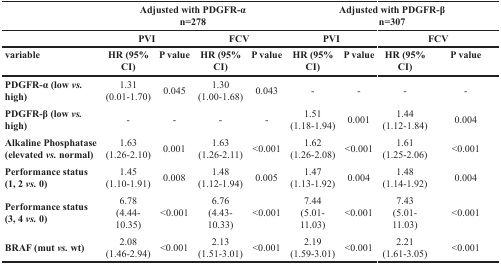
<table><thead><tr><td></td><td colspan="4"><b>Adjusted with PDGFR-α n=278</b></td><td colspan="4"><b>Adjusted with PDGFR-β n=307</b></td></tr><tr><td></td><td colspan="2"><b>PVI</b></td><td colspan="2"><b>FCV</b></td><td colspan="2"><b>PVI</b></td><td colspan="2"><b>FCV</b></td></tr><tr><td><b>variable</b></td><td><b>HR (95% CI)</b></td><td><b>P value</b></td><td><b>HR (95% CI)</b></td><td><b>P value</b></td><td><b>HR (95% CI)</b></td><td><b>P value</b></td><td><b>HR (95% CI)</b></td><td><b>P value</b></td></tr></thead><tbody><tr><td><b>PDGFR-α (low <i>vs.</i> high)</b></td><td>1.31(0.01-1.70)</td><td>0.045</td><td>1.30(1.00-1.68)</td><td>0.043</td><td>-</td><td>-</td><td>-</td><td>-</td></tr><tr><td><b>PDGFR-β (low <i>vs.</i> high)</b></td><td>-</td><td>-</td><td>-</td><td>-</td><td>1.51(1.18-1.94)</td><td>0.001</td><td>1.44(1.12-1.84)</td><td>0.004</td></tr><tr><td><b>Alkaline Phosphatase (elevated <i>vs.</i> normal)</b></td><td>1.63(1.26-2.10)</td><td>0.001</td><td>1.63(1.26-2.11)</td><td>&lt;0.001</td><td>1.62(1.26-2.08)</td><td>&lt;0.001</td><td>1.61(1.25-2.06)</td><td>&lt;0.001</td></tr><tr><td><b>Performance status (1, 2 <i>vs.</i> 0)</b></td><td>1.45(1.10-1.91)</td><td>0.008</td><td>1.48(1.12-1.94)</td><td>0.005</td><td>1.47(1.13-1.92)</td><td>0.004</td><td>1.48(1.14-1.92)</td><td>0.004</td></tr><tr><td><b>Performance status (3, 4 <i>vs.</i> 0)</b></td><td>6.78(4.44-10.35)</td><td>&lt;0.001</td><td>6.76(4.43-10.33)</td><td>&lt;0.001</td><td>7.44(5.01-11.03)</td><td>&lt;0.001</td><td>7.43(5.01-11.03)</td><td>&lt;0.001</td></tr><tr><td><b>BRAF (mut <i>vs.</i> wt)</b></td><td>2.08(1.46-2.94)</td><td>&lt;0.001</td><td>2.13(1.51-3.01)</td><td>&lt;0.001</td><td>2.19(1.59-3.01)</td><td>&lt;0.001</td><td>2.21(1.61-3.05)</td><td>&lt;0.001</td></tr></tbody></table>